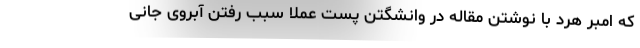
که امبر هرد با نوشتن مقاله در وانشگتن پست عملا سبب رفتن آبروی جانی